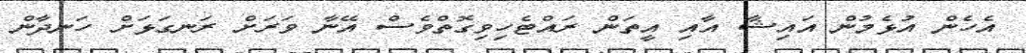
އެހެެން އުޅެމުން އައިޝާ އާއި އީތަން ރައްޓެހިވިގޮތްވެސް އޭނާާ ވަރަށް ރަނގަޅަށް ހަނދާން